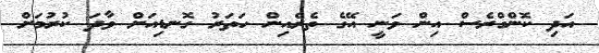
އަދި ކޮންގްރެސް އިން ވަނީ އޭގެ ތެރެއިން ހަތަރު ގޮނޑިއަށް ވާދަ ކުރުމަށް